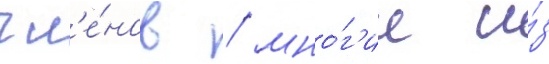
чл'е́нов / мно́г'ие и́з